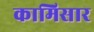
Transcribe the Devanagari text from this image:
कामिसार